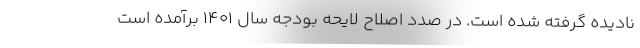
نادیده گرفته شده است. در صدد اصلاح لایحه بودجه سال ۱۴۰۱ برآمده است